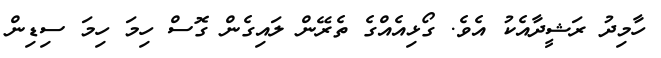
ހާމިދު ރަޝީދާއެކު އެވެ. ގޯޅިއެއްގެ ތެރޭން ލައިގެން ގޮސް ހިމަ ހިމަ ސިޑިން